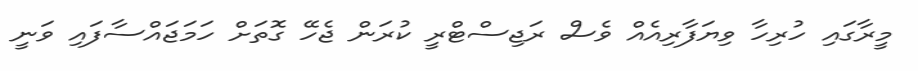
މީރާގައި ހުރިހާ ވިޔަފާރިއެއް ވެސް ރަޖިސްޓްރީ ކުރަން ޖެހޭ ގޮތަށް ހަމަޖައްސާފައި ވަނީ